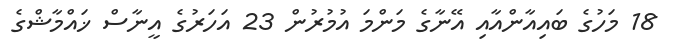
18 މަހުގެ ބައިއާންއާއި އޭނާގެ މަންމަ އުމުރުން 23 އަހަރުގެ އީނާސް ޚައްމާޝްގެ